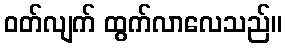
ဝတ်လျက် ထွက်လာလေသည်။